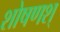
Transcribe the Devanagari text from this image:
शोषणश्